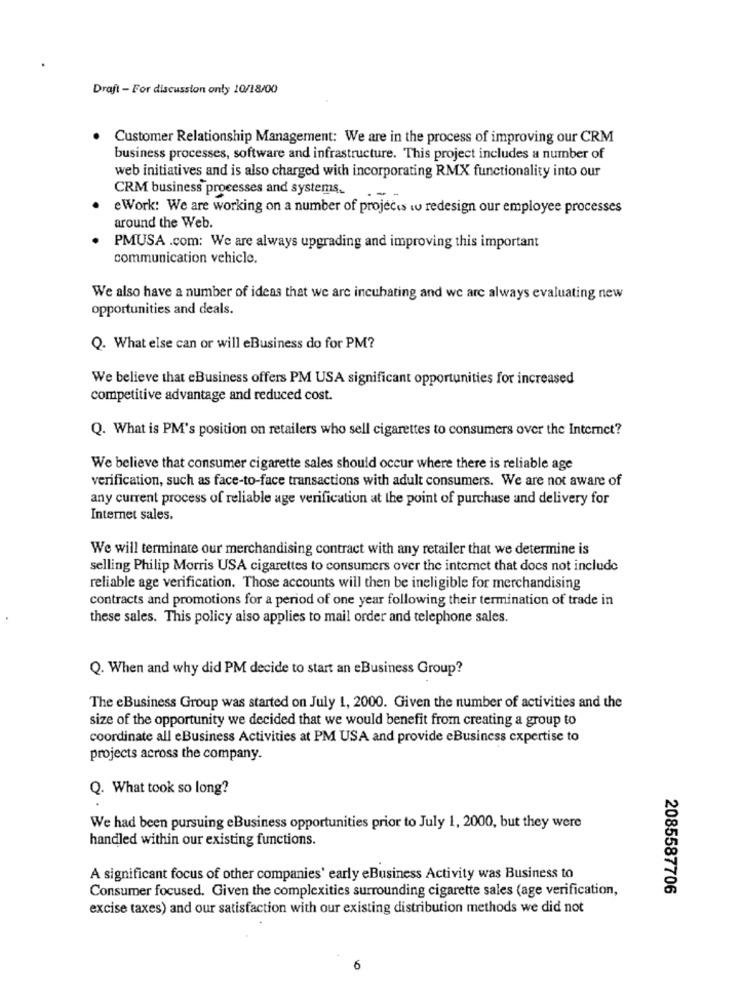
Draft - For discussion onty 10/18/00
Customer Relationship Management: We are in the process of improving our CRM
business processes, software and infrastructure. This project includes a number of
web initiatives and is also charged with incorporating RMX functionality into our
CRM business processes and systems.
e Work: We are working on a number of projects w redesign our employee processes
around the Web.
PMUSA .com: We are always upgrading and improving this important
communication vehicle.
We also have a number of ideas that we are incubating and we are always evaluating new
opportunities and deals.
Q. What else can or will eBusiness do for PM?
We believe that eBusiness offers PM USA significant opportunities for increased
competitive advantage and reduced cost.
Q. What is PM's position on retailers who sell cigarettes to consumers over the Internet?
We believe that consumer cigarette sales should occur where there is reliable age
verification, such as face-to-face transactions with adult consumers. We are not aware of
any current process of reliable age verification at the point of purchase and delivery for
Internet sales.
We will terminate our merchandising contract with any retailer that we determine is
selling Philip Morris USA cigarettes to consumers over the internet that does not include
reliable age verification. Those accounts will then be ineligible for merchandising
contracts and promotions for a period of one year following their termination of trade in
these sales. This policy also applies to mail order and telephone sales.
Q. When and why did PM decide to start an eBusiness Group?
The eBusiness Group was started on July 1, 2000. Given the number of activities and the
size of the opportunity we decided that we would benefit from creating a group to
coordinate all eBusiness Activities at PM USA and provide eBusiness expertise to
projects across the company.
Q. What took so long?
We had been pursuing eBusiness opportunities prior to July 1, 2000, but they were
handled within our existing functions.
A significant focus of other companies' early eBusiness Activity was Business to
Consumer focused. Given the complexities surrounding cigarette sales (age verification,
2085587706
excise taxes) and our satisfaction with our existing distribution methods we did not
6